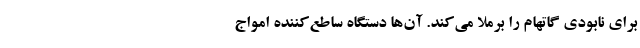
برای نابودی گاتهام را برملا می‌کند. آن‌ها دستگاه ساطع‌کننده امواج